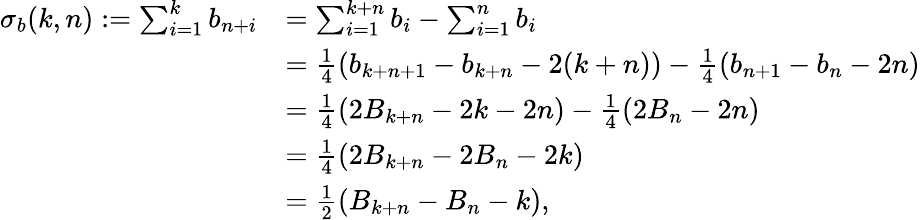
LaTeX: \begin{array}{rl}{\sigma_{b}(k,n):=\sum_{i=1}^{k}b_{n+i}}&{=\sum_{i=1}^{k+n}b_{i}-\sum_{i=1}^{n}b_{i}}\\ &{=\frac{1}{4}\left(b_{k+n+1}-b_{k+n}-2(k+n)\right)-\frac{1}{4}\left(b_{n+1}-b_{n}-2n\right)}\\ &{=\frac{1}{4}\left(2B_{k+n}-2k-2n\right)-\frac{1}{4}\left(2B_{n}-2n\right)}\\ &{=\frac{1}{4}\left(2B_{k+n}-2B_{n}-2k\right)}\\ &{=\frac{1}{2}\left(B_{k+n}-B_{n}-k\right),}\end{array}